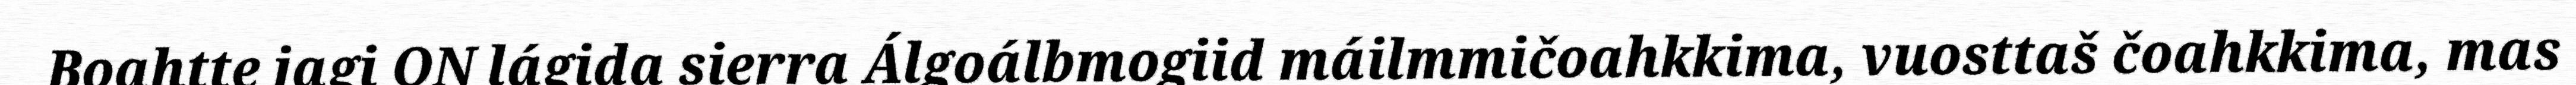
Boahtte jagi ON lágida sierra Álgoálbmogiid máilmmičoahkkima, vuosttaš čoahkkima, mas